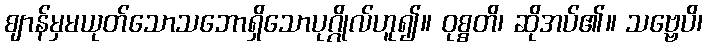
ဈာန်မှမယုတ်သောသဘောရှိသောပုဂ္ဂိုလ်ဟူ၍။ ဝုစ္စတိ၊ ဆိုအပ်၏။ သဗ္ဗေပိ၊